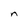
Character: n